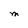
Character: M